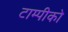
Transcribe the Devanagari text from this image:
टाम्पीको